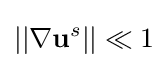
||\nabla \mathbf {u} ^{s}||\ll 1